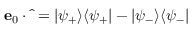
\mathbf { e } _ { 0 } \cdot \hat { \bf { \sigma } } = | \psi _ { + } \rangle \langle \psi _ { + } | - | \psi _ { - } \rangle \langle \psi _ { - } |